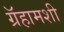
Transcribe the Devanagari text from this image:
ग्रॅहामशी